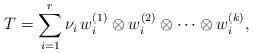
LaTeX: \begin{align*} T = \sum_{i=1}^r \nu_i \,w_i^{(1)}\otimes w_i^{(2)}\otimes\cdots \otimes w_i^{(k)},\end{align*}